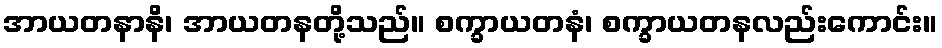
အာယတနာနိ၊ အာယတနတို့သည်။ စက္ခာယတနံ၊ စက္ခာယတနလည်းကောင်း။